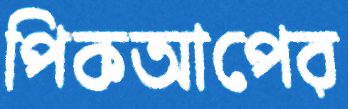
পিকআপের